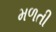
મળતી